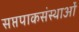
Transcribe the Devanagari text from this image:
सप्तपाकसंस्थाओं